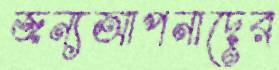
জন্যআপনাদের